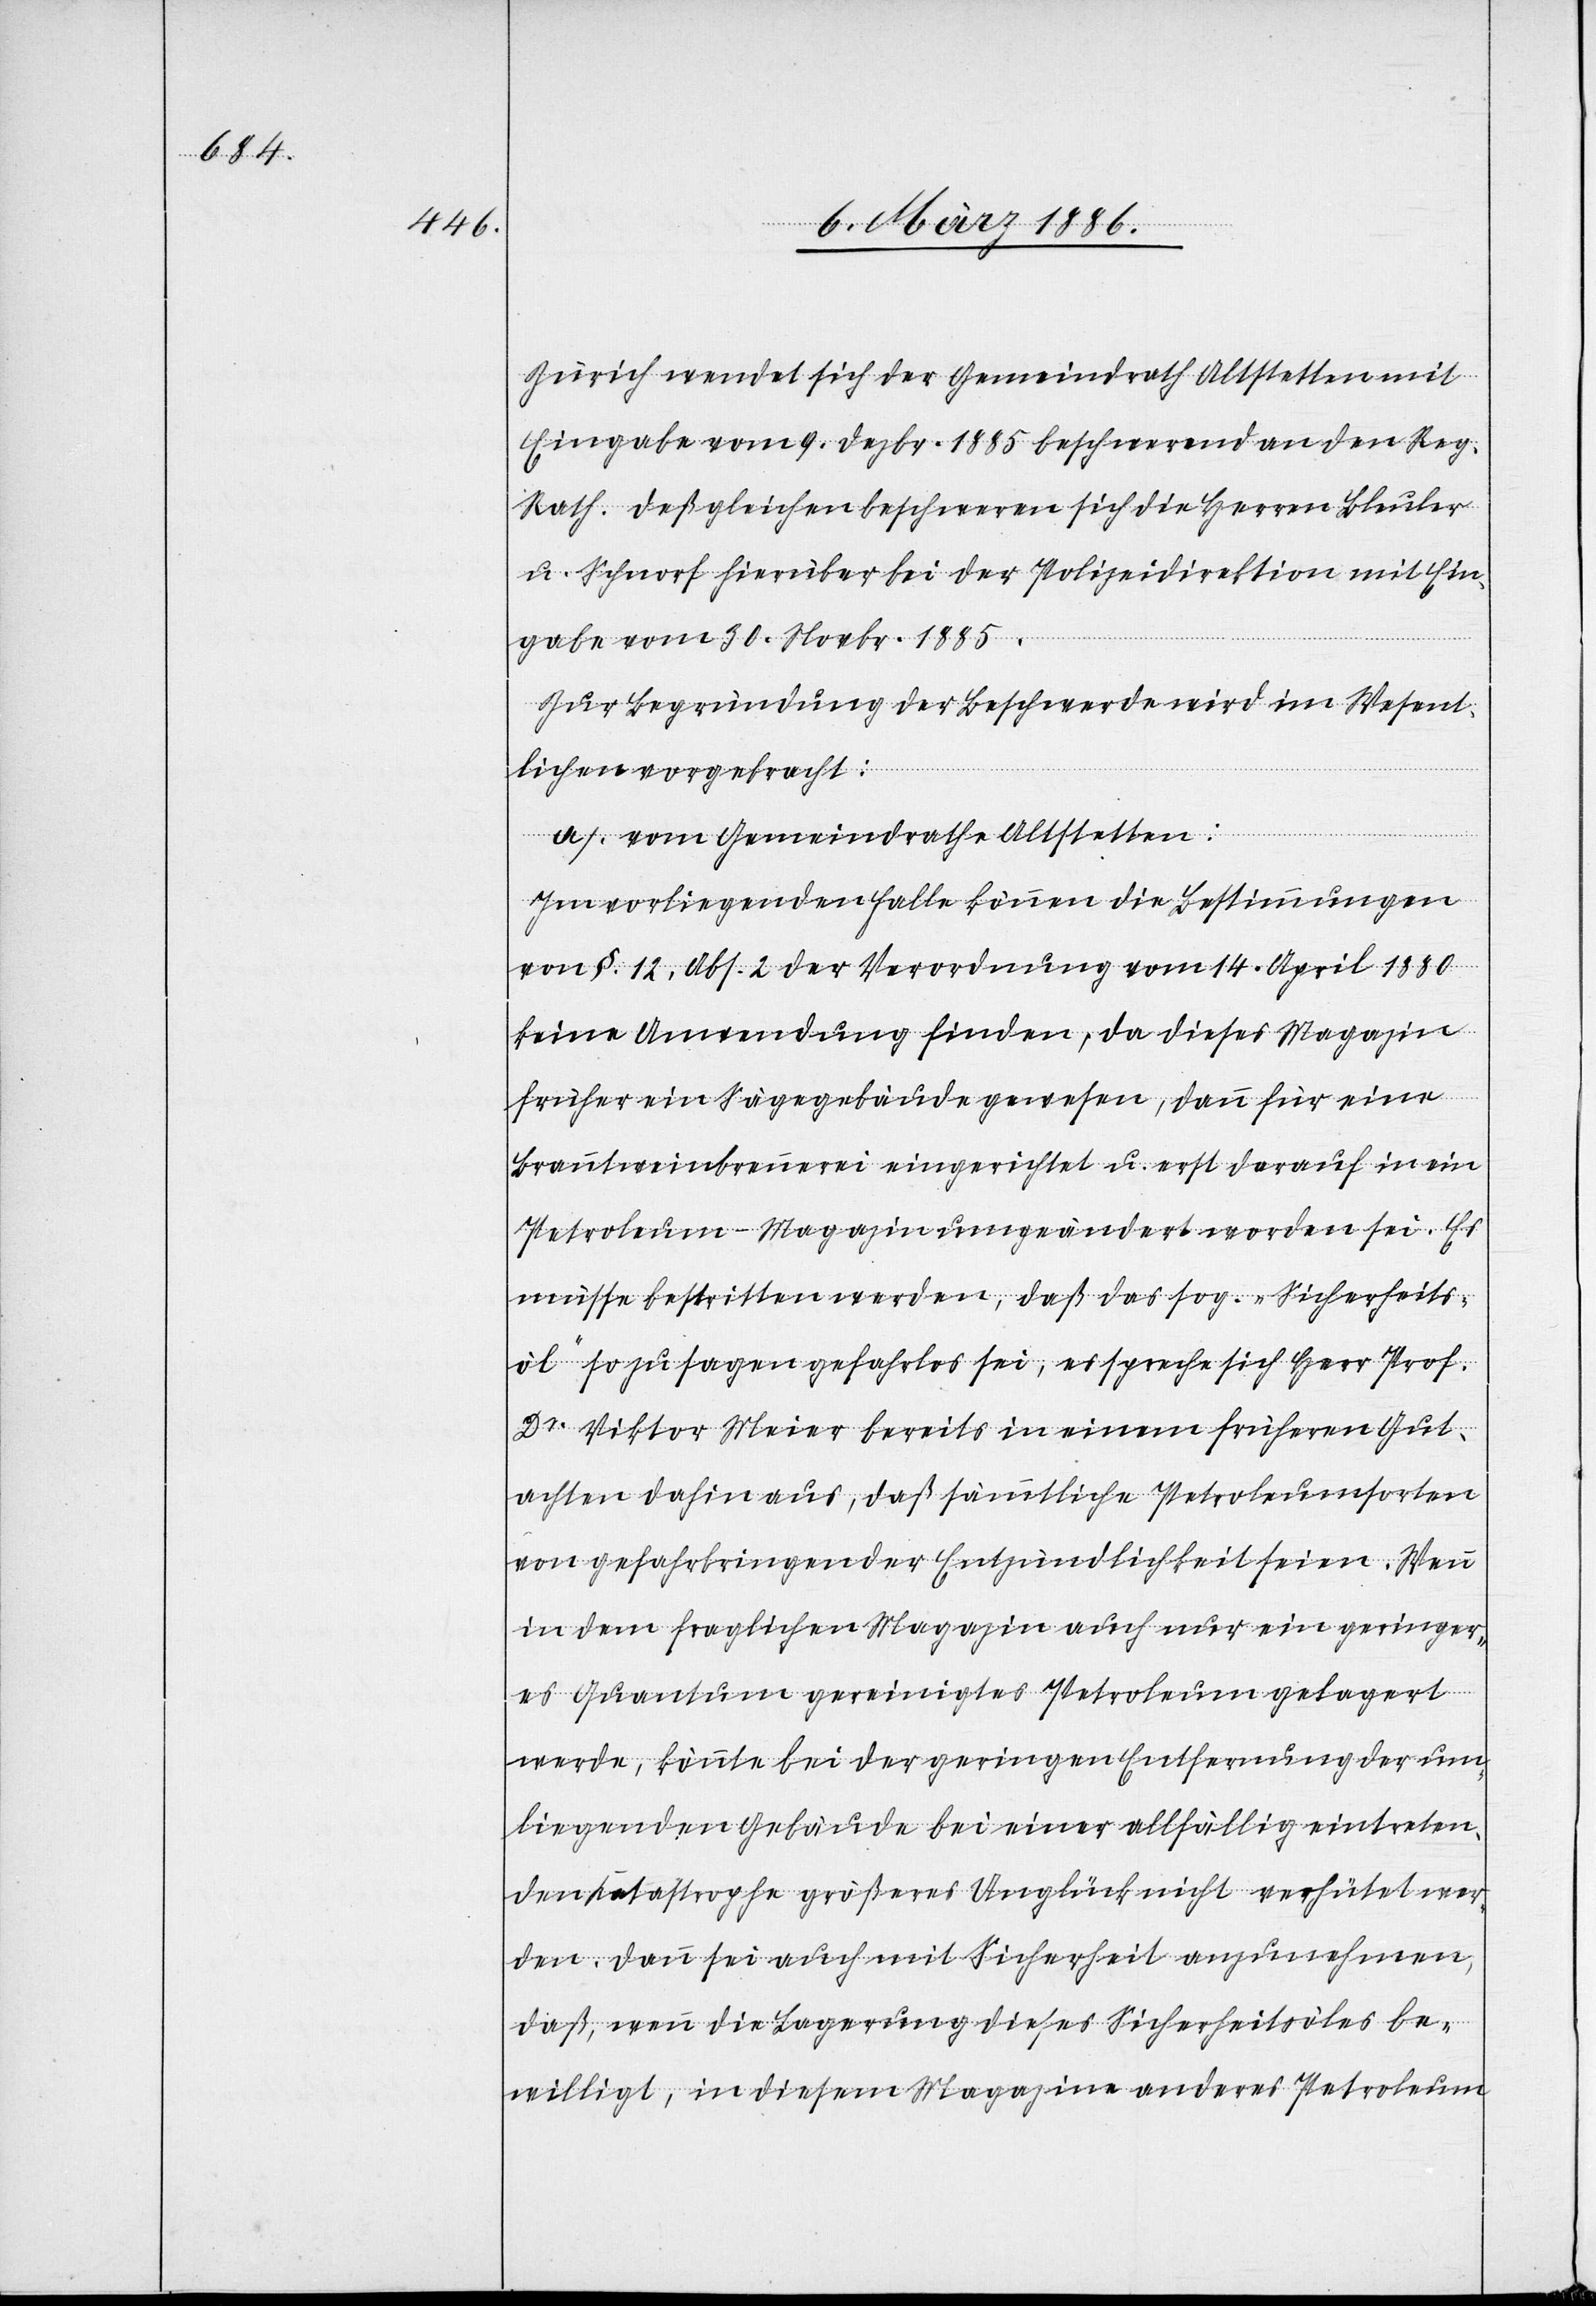
Zürich wendet sich der Gemeindrath Altstetten mit
Eingabe vom 9. Dezbr. 1885 beschwerend an den Reg.
Rath. Desgleichen beschweren sich die Herren Bleuler
u. Schnorf hierüber bei der Polizeidirektion mit Ein¬
gabe vom 30. Novbr. 1885.
Zur Begründung der Beschwerde wird im Wesent¬
lichen vorgebracht:
a). vom Gemeindrath Altstetten:
Im vorliegenden Falle können die Bestimmungen
von §. 12, Abs. 2 der Verordnung vom 14. April 1880
keine Anwendung finden, da dieses Magazin
früher ein Sägengebäude gewesen, dann für eine
Branntweinbrauerei eingerichtet u. erst darauf in eine
Petroleum-Magazin umgeändert worden sei. Es
müsse bestritten werden, daß das sog. „Sicherheits¬
öl“ so zu sagen gefahrlos sei, es spreche sich Herr Prof.
Dr. Viktor Meier bereits in einem früheren Gut¬
achten dahin aus, daß sämmtliche Petroleumsorten
von gefahrbringender Entzündlichkeit seien. Wenn
in dem fraglichen Magazin auch nur ein geringer¬
es Quantum gereinigtes Petroleum gelagert
werde, könnte bei der geringen Entfernung der um¬
liegenden Gebäude bei einer allfällig eintreten¬
den Katastrophe größeres Unglück nicht verhütet wer¬
den. Dann sei auch mit Sicherheit anzunehmen,
daß wenn die Lagerung dieses Sicherheitsöles be¬
willigt, in diesem Magazine anderes Petroleum